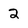
Character: 2